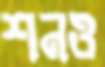
শনও